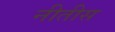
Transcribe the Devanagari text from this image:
नीतीस